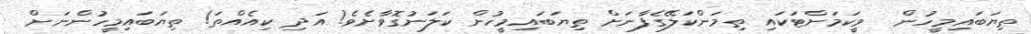
ތިޔަބައިމީހުން  ވީކަމަށްޓަކައި ތިމަންކަލޭގެފާނަށް ތިޔަބައިމީހުން ކަލަނުގޮވާށެވެ! އަދި ކިއެއްތަ! ތިޔަބައިމީހުންނަށް